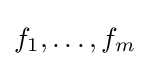
f_{1},\dots ,f_{m}